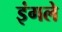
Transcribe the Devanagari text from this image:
इंगले